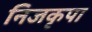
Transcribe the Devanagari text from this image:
निजकृपा